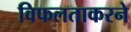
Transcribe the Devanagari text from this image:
विफलताकरने